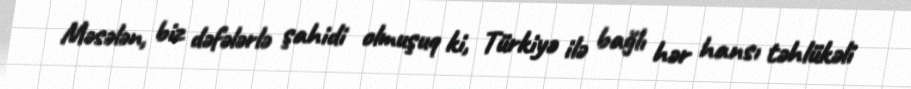
Məsələn, biz dəfələrlə şahidi olmuşuq ki, Türkiyə ilə bağlı hər hansı təhlükəli